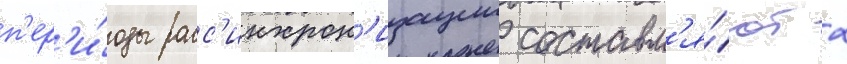
п'ер'и́оды расс'инхрон'изации составл'я́ют 2